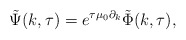
\begin{align*}\tilde{\Psi}(k, \tau) = e^{\tau\mu_{0}\partial_{k}}\tilde{\Phi}(k, \tau),\end{align*}